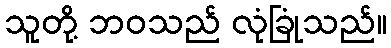
သူတို့ ဘဝသည် လုံခြုံသည်။